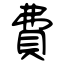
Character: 費